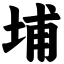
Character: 埔